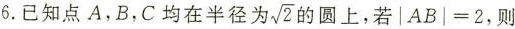
6.已知点A，B，C均在半径为 $$\sqrt{2}$$ 的圆上，若|AB|=2，则